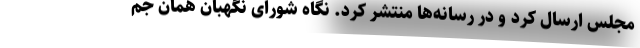
مجلس ارسال کرد و در رسانه‌ها منتشر کرد. نگاه شورای نگهبان همان جم